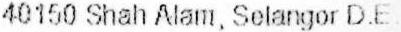
40150 SHAH ALAM, SELANGOR D.E.